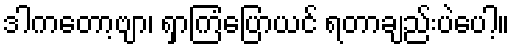
ဒါကတော့ဗျာ၊ ရှာကြံပြောယင် ရတာချည်းပဲပေါ့။